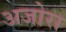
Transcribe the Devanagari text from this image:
अजोरा